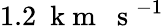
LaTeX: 1.2~\mathrm{~k~m~~~s~}^{-1}